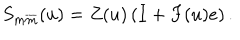
LaTeX: S _ { m \overline { { { m } } } } ( u ) = Z ( u ) \left( I + F ( u ) e \right) .